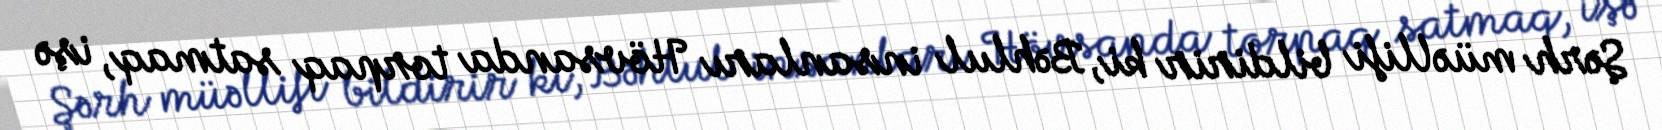
Şərh müəllifi bildirir ki, Bəhlul insanları Hövsanda torpaq satmaq, işə